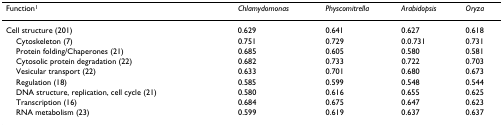
<table><thead><tr><td><b>Function<sup>1</sup></b></td><td><b><i>Chlamydomonas</i></b></td><td><b><i>Physcomitrella</i></b></td><td><b><i>Arabidopsis</i></b></td><td><b><i>Oryza</i></b></td></tr></thead><tbody><tr><td>Cell structure (201)</td><td>0.629</td><td>0.641</td><td>0.627</td><td>0.618</td></tr><tr><td> Cytoskeleton (7)</td><td>0.751</td><td>0.729</td><td>0.0.731</td><td>0.731</td></tr><tr><td> Protein folding/Chaperones (21)</td><td>0.685</td><td>0.605</td><td>0.580</td><td>0.581</td></tr><tr><td> Cytosolic protein degradation (22)</td><td>0.682</td><td>0.733</td><td>0.722</td><td>0.703</td></tr><tr><td> Vesicular transport (22)</td><td>0.633</td><td>0.701</td><td>0.680</td><td>0.673</td></tr><tr><td> Regulation (18)</td><td>0.585</td><td>0.599</td><td>0.548</td><td>0.544</td></tr><tr><td> DNA structure, replication, cell cycle (21)</td><td>0.580</td><td>0.616</td><td>0.655</td><td>0.625</td></tr><tr><td> Transcription (16)</td><td>0.684</td><td>0.675</td><td>0.647</td><td>0.623</td></tr><tr><td> RNA metabolism (23)</td><td>0.599</td><td>0.619</td><td>0.637</td><td>0.637</td></tr></tbody></table>